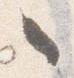
々